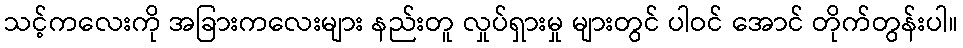
သင့်ကလေးကို အခြားကလေးများ နည်းတူ လှုပ်ရှားမှု များတွင် ပါဝင် အောင် တိုက်တွန်းပါ။